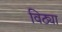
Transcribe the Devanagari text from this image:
विठ्या